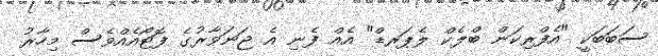
ސަބަބަކީ "އެފްރިކަން ބްލެކް ލެޕަރޑް" އެއް ފެނި އެ ޖަނަވާރުގެ ފޮޓޯއެއްވެސް މިހާރު